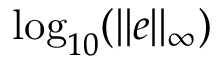
\mathrm { l o g } _ { 1 0 } ( \| e \| _ { \infty } )